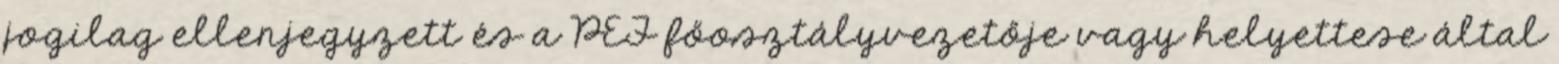
jogilag ellenjegyzett és a PEF főosztályvezetője vagy helyettese által